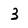
Character: 3